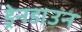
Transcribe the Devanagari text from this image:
ड्रेनडाउन